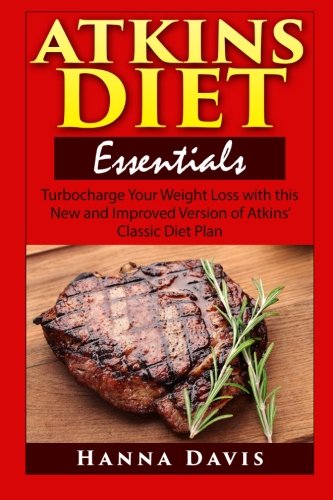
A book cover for Atkins Diet Essentials: Turbocharge Your Weight Loss with this New and Improved Version of Atkins' Classic Diet Plan (Healthy Life Series) (Volume 3); Hanna Davis; Health, Fitness & Dieting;